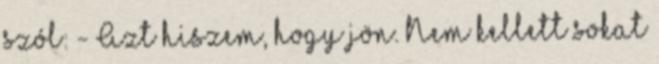
szól: - Azt hiszem, hogy jön. Nem kellett sokat